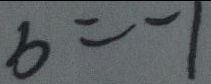
b = - 1